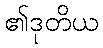
၏ဒုတိယ